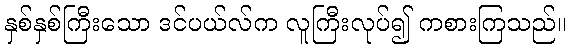
နှစ်နှစ်ကြီးသော ဒင်ပယ်လ်က လူကြီးလုပ်၍ ကစားကြသည်။